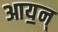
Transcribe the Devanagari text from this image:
आय॒न्